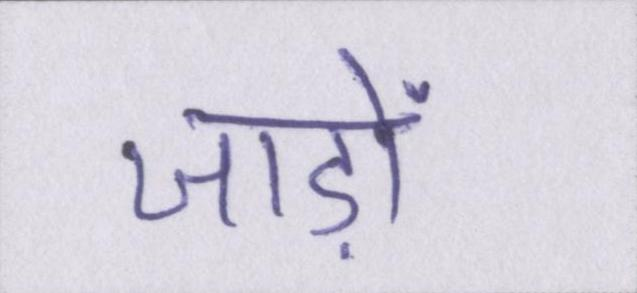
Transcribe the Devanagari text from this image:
जाड़ों